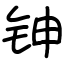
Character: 𬬹